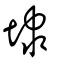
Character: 埭